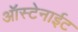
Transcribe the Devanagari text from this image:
ऑस्टेनाईट